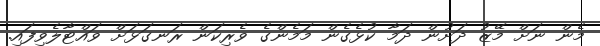
މެން ނަށް މޭޒު ދަށުން ދަމާ ކުޅެގެން މަމެންގެ ވެރިކަން ރަނގަޅަށް ވައްޓާލެވިފައި.